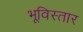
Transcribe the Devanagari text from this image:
भूविस्तार